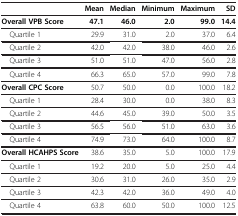
|  | Mean | Median | Minimum | Maximum | SD |
 | --- | --- | --- | --- | --- | --- |
 | Overall VPB Score | 47.1 | 46.0 | 2.0 | 99.0 | 14.4 |
 | Quartile 1 | 29.9 | 31.0 | 2.0 | 37.0 | 6.4 |
 | Quartile 2 | 42.0 | 42.0 | 38.0 | 46.0 | 2.6 |
 | Quartile 3 | 51.0 | 51.0 | 47.0 | 56.0 | 2.8 |
 | Quartile 4 | 66.3 | 65.0 | 57.0 | 99.0 | 7.8 |
 | Overall CPC Score | 50.7 | 50.0 | 0.0 | 100.0 | 18.2 |
 | Quartile 1 | 28.4 | 30.0 | 0.0 | 38.0 | 8.3 |
 | Quartile 2 | 44.6 | 45.0 | 39.0 | 50.0 | 3.5 |
 | Quartile 3 | 56.5 | 56.0 | 51.0 | 63.0 | 3.6 |
 | Quartile 4 | 74.9 | 73.0 | 64.0 | 100.0 | 8.7 |
 | Overall HCAHPS Score | 38.6 | 35.0 | 5.0 | 100.0 | 17.9 |
 | Quartile 1 | 19.2 | 20.0 | 5.0 | 25.0 | 4.4 |
 | Quartile 2 | 30.6 | 31.0 | 26.0 | 35.0 | 2.9 |
 | Quartile 3 | 42.3 | 42.0 | 36.0 | 49.0 | 4.0 |
 | Quartile 4 | 63.8 | 60.0 | 50.0 | 100.0 | 12.5 |